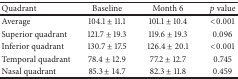
<table><thead><tr><td><b>Quadrant</b></td><td><b>Baseline</b></td><td><b>Month 6</b></td><td><b><i>p</i> value</b></td></tr></thead><tbody><tr><td>Average</td><td>104.1 ± 11.1</td><td>101.1 ± 10.4</td><td>&lt;0.001</td></tr><tr><td>Superior quadrant</td><td>121.7 ± 19.3</td><td>119.6 ± 19.3</td><td>0.096</td></tr><tr><td>Inferior quadrant</td><td>130.7 ± 17.5</td><td>126.4 ± 20.1</td><td>&lt;0.001</td></tr><tr><td>Temporal quadrant</td><td>78.4 ± 12.9</td><td>77.2 ± 12.7</td><td>0.745</td></tr><tr><td>Nasal quadrant</td><td>85.3 ± 14.7</td><td>82.3 ± 11.8</td><td>0.459</td></tr></tbody></table>